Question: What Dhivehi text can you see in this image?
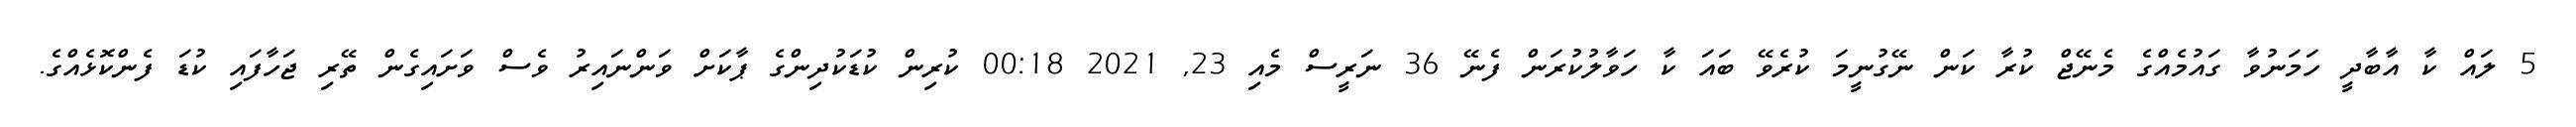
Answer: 5 ލައް ކާ އާބާދީ ހަމަނުވާ ގައުމެއްގެ މެނޭޖް ކުރާ ކަން ނޭގުނީމަ ކުރެވޭ ބައަ ކާ ހަވާލުކުރަން ފެނޭ 36 ނަރީސް މެއި 23, 2021 00:18 ކުރިން ކުޑަކުދިންގެ ޕާކަށް ވަންނައިރު ވެސް ވަށައިގެން ތޭރި ޖަހާފައި ކުޑަ ފެންކޮޅެއްގެ.